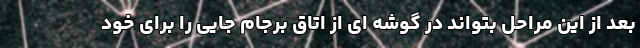
بعد از این مراحل بتواند در گوشه ای از اتاق برجام جایی را برای خود